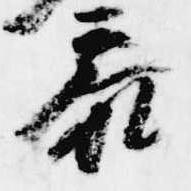
参